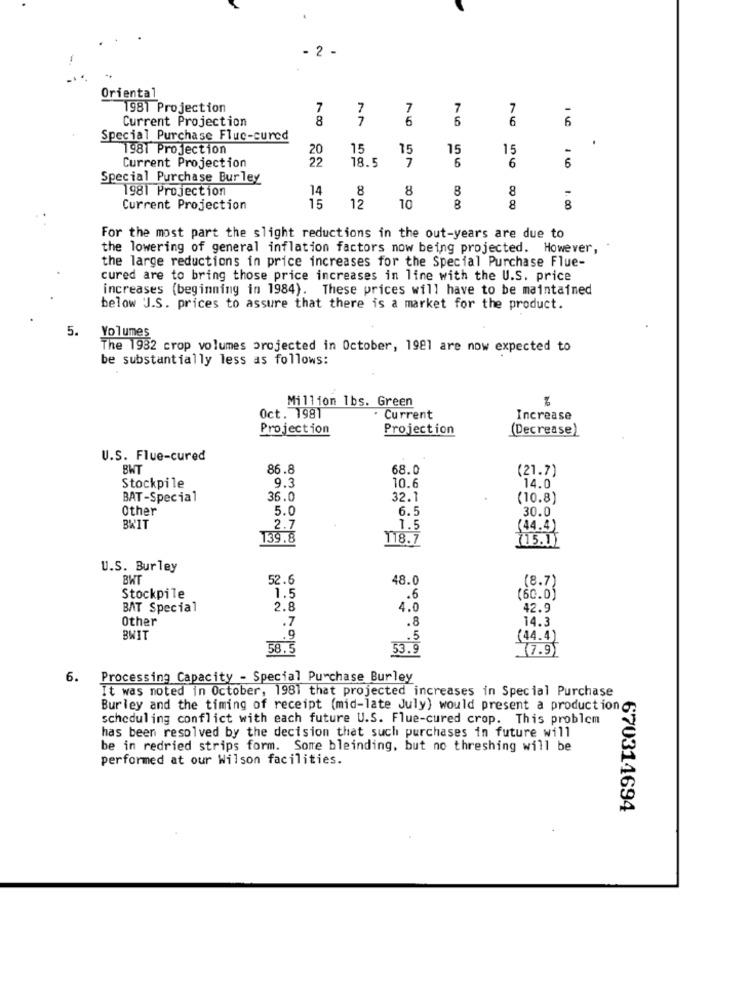
2 -
Oriental
1981 Projection
7
7
7
7
7
Current Projection
8
7
6
5
6
6
Special Purchase Fluc-cured
1981 Projection
20
15
15
15
15
22
7
6
6
Current Projection
18.5
6
Special Purchase Burley
1981 Projection
14
8
8
8
8
Current Projection
15
12
10
8
8
1. 00
For the most part the slight reductions in the out-years are due to
the lowering of general inflation factors now being projected. However,
the large reductions in price increases for the Special Purchase Flue-
cured are to bring those price increases in line with the U.S. price
increases (beginning in 1984). These prices will have to be maintained
below J.S. prices to assure that there is a market for the product.
5.
Volumes
The 1982 crop volumes projected in October, 1981 are now expected to
be substantially less as follows:
Million 1bs. Green
Oct. 198T
Current
Increase
Projection
Projection
(Decrease)
U.S. Flue-cured
BWT
86.8
68.0
(21.7)
9.3
Stockpile
10.6
14.0
BAT-Special
36.0
32.1
(10.8)
Other
5.0
6.5
30.0
BWIT
2.7
1.5
44.4)
139.8
118.7
115.11
U.S. Burley
BWT
52.6
48.0
(8.7)
Stockpile
1.5
.6
(60.0)
BAT Special
2.8
4.0
42.9
Other
.7
14.3
.8
BWIT
.9
.5
(44.4)
58.5
53.9
7.9
6.
Processing Capacity - Special Purchase Burley
It was noted in October, 1981 that projected increases in Special Purchase
Burley and the timing of receipt (mid-late July) would present a production
scheduling conflict with each future U.S. Flue-cured crop. This problem
has been resolved by the decision that such purchases in future will
be in redried strips form. Some bleinding, but no threshing will be
performed at our Wilson facilities.
670314694